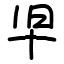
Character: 𫝒